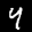
Label: 4